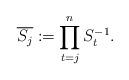
LaTeX: \begin{align*}\overline{S_{j}}:=\prod_{t=j}^{n}S_t^{-1}. \end{align*}